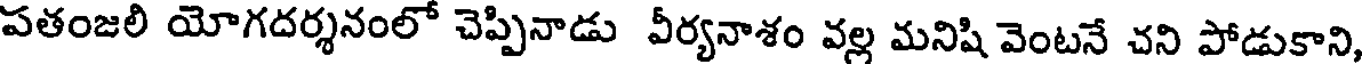
పతంజలి యోగదర్శనంలో చెప్పినాడు వీర్యనాశం వల్ల మనిషి వెంటనే చని పోడుకాని,